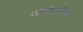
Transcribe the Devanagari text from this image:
आटोस्टैंड